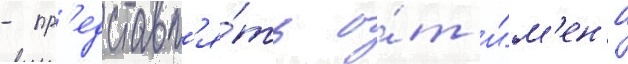
- пр'едставл'я́ть о́т и́м'ен'и